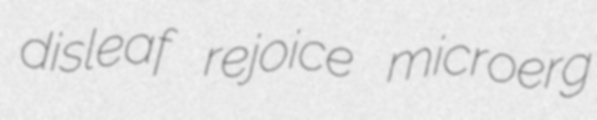
disleaf rejoice microerg